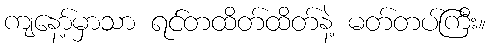
ကျနော့်မှာသာ ရင်တထိတ်ထိတ်နဲ့ မတ်တပ်ကြီး။